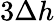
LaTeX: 3\Delta{h}